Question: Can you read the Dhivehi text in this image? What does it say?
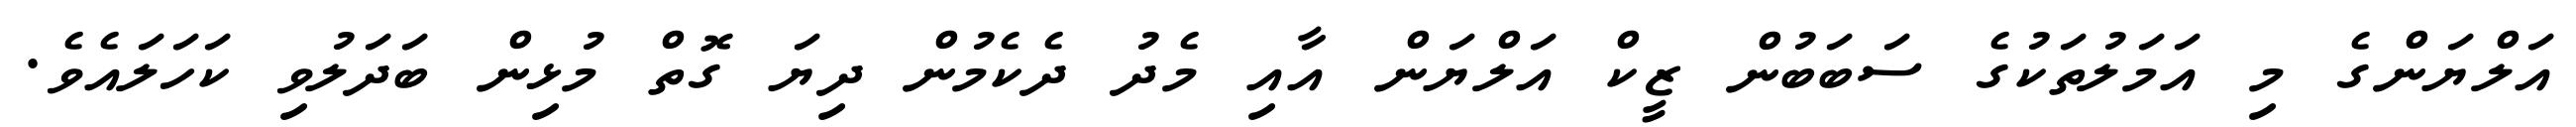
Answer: އަލްޔަންގެ މި އަމަލުތަކުގެ ސަބަބުން ޒީކް އަލްޔަން އާއި މެދު ދެކެމުން ދިޔަ ގޮތް މުޅިން ބަދަލުވި ކަހަލައެވެ.